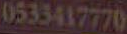
0533417770